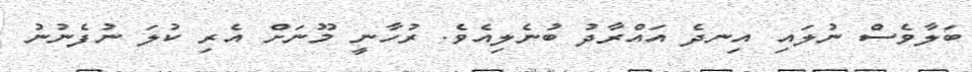
ބަލާވެސް ނުލައި އިނދެ އައްރާދު ބުނެލިއެވެ. ރުހާނީ މޫނަށް އެރި ކުލަ ނުފެނުނު